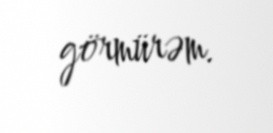
görmürəm.